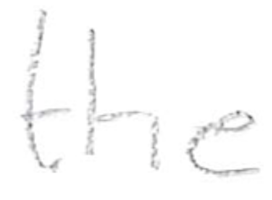
Text: the
Cross-out: clean
Writing tool: pencil